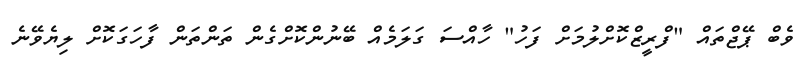
ވެބް ޕޭޖްތައް "ފްރީޒްކޮށްލުމަށް ފަހު" ހާއްސަ ގަލަމެއް ބޭނުންކޮށްގެން ތަންތަން ފާހަގަކޮށް ލިޔެވޭނެ